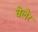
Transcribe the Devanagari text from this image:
वेलेर